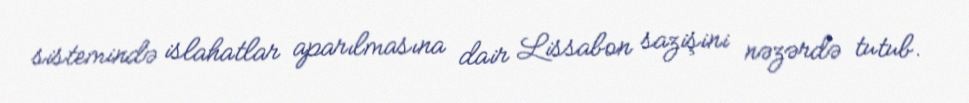
sistemində islahatlar aparılmasına dair Lissabon sazişini nəzərdə tutub.